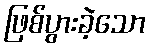
ဖြစ်ပွားခဲ့သော